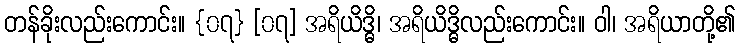
တန်ခိုးလည်းကောင်း။ {၀၇} [၀၇] အရိယိဒ္ဓိ၊ အရိယိဒ္ဓိလည်းကောင်း။ ဝါ၊ အရိယာတို့၏